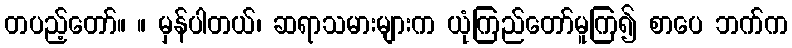
တပည့်တော်။ ။ မှန်ပါတယ်၊ ဆရာသမားများက ယုံကြည်တော်မူကြ၍ စာပေ ဘက်က